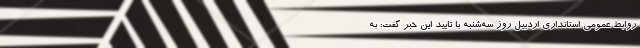
روابط عمومی استانداری اردبیل روز سه‌شنبه با تایید این خبر گفت: به